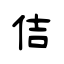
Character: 佶